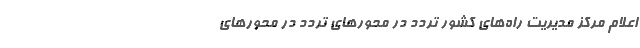
اعلام مرکز مدیریت راه‌های کشور تردد در محور‌های تردد در محور‌های